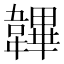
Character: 韠